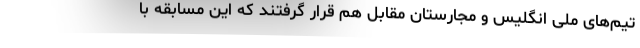
تیم‌های ملی انگلیس و مجارستان مقابل هم قرار گرفتند که این مسابقه با